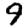
Digit: 9